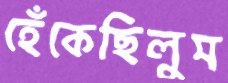
হেঁকেছিলুম